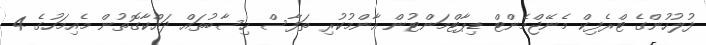
ފުލުހުންގެ ޓްރެފިކް މެނޭޖްމެންޓް ޑިޕާޓްމަންޓުން އާންމުކުރި ތަފާސް ހިސާބުތައް ދައްކާގޮތުން މެއިމަހުގެ 4